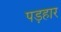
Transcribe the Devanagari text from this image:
पड़हार